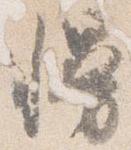
幔